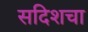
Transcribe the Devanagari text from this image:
सदिशचा